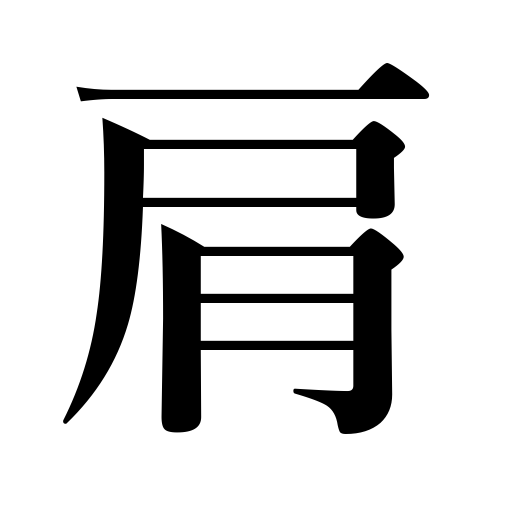
Meanings: shoulder